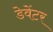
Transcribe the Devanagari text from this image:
डेवेंटर